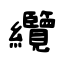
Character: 纜